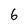
Character: 6